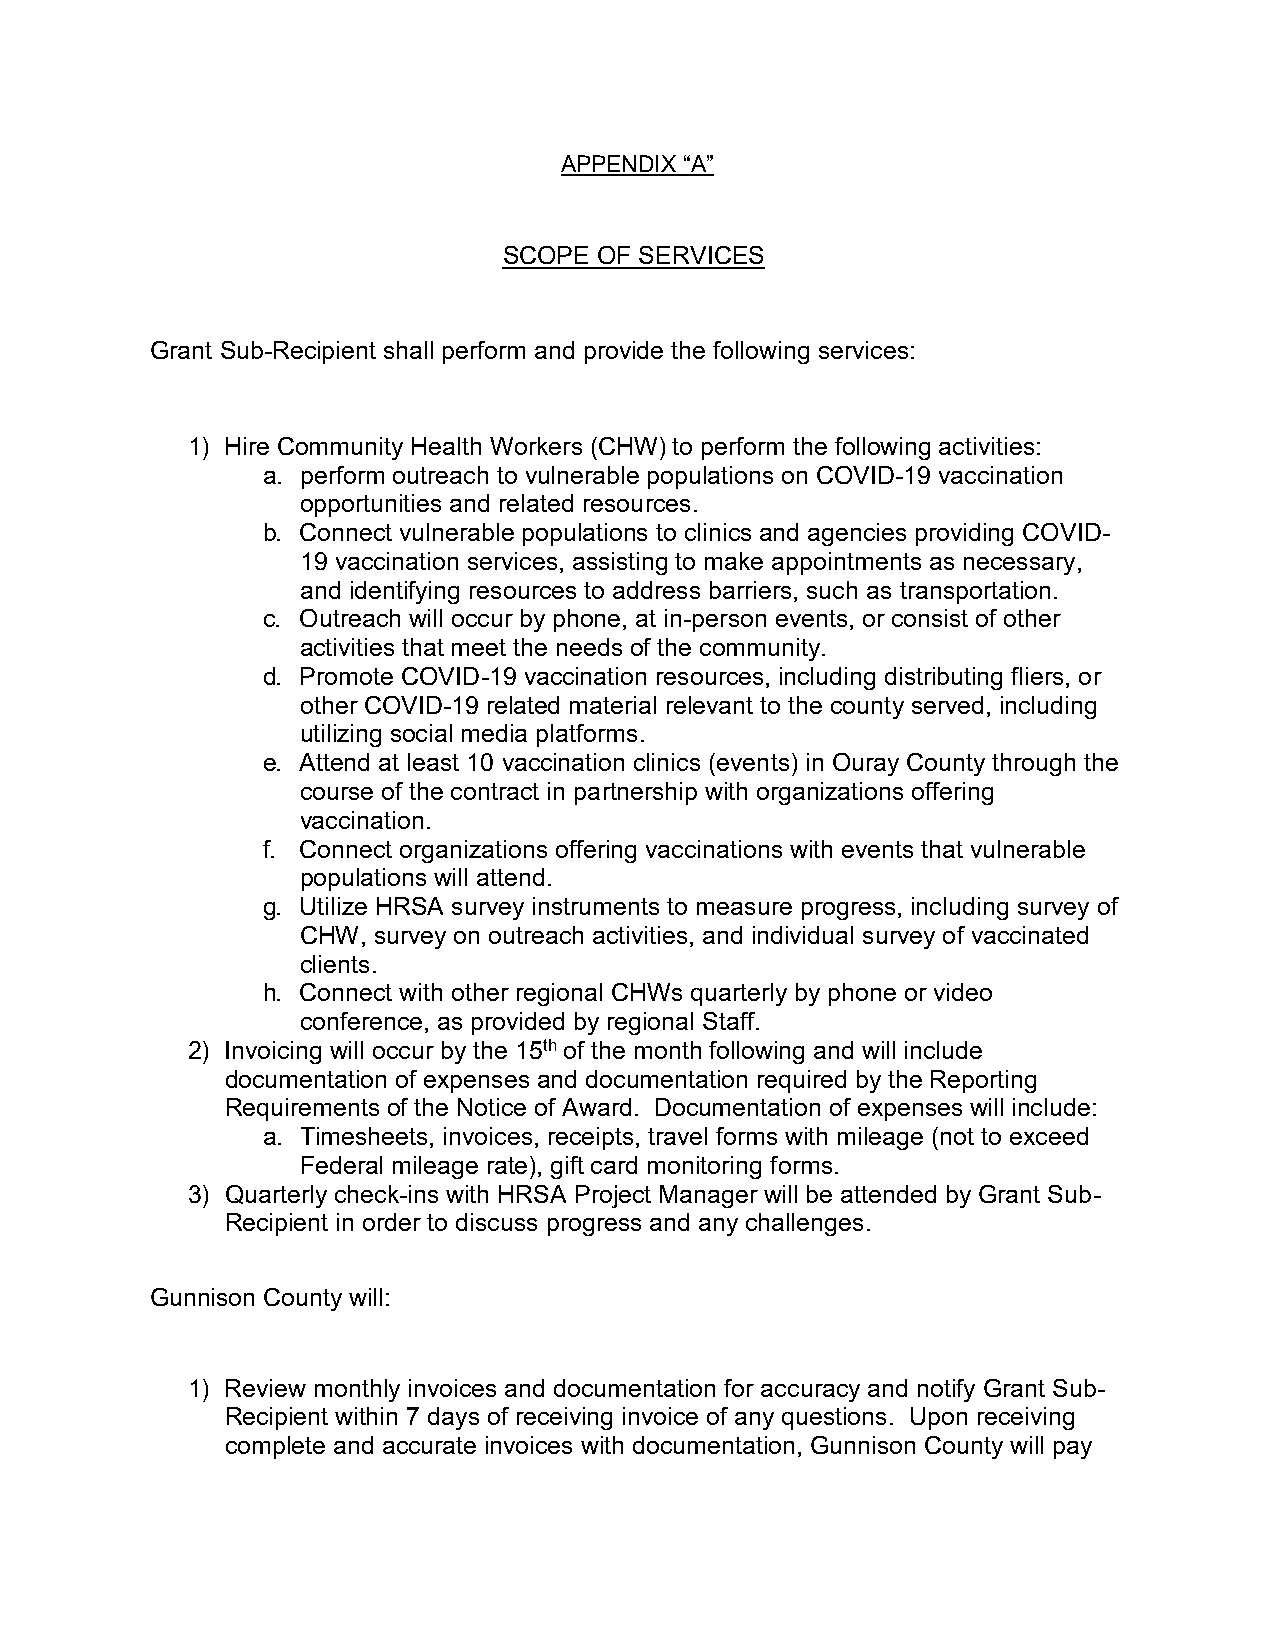
APPENDIX “A”
 SCOPE  OF SERVICES
 Grant Sub-Recipient shall perform and provide the following services:
 1) Hire Community Health Workers (CHW) to perform the following activities:
 a. perform outreach to vulnerable populations on COVID-19 vaccination
 opportunities and related resources.
 b. Connect vulnerable populations to clinics and agencies providing COVID-
 19 vaccination services, assisting to make appointments as necessary,
 and identifying resources to address barriers, such as transportation.
 c. Outreach will occur by phone, at in-person events, or consist of other
 activities that meet the needs of the community.
 d. Promote COVID-19 vaccination resources, including distributing fliers, or
 other COVID-19 related material relevant to the county served, including
 utilizing social media platforms.
 e. Attend at least 10 vaccination clinics (events) in Ouray County through the
 course of the contract in partnership with organizations offering
 vaccination.
 f. Connect organizations offering vaccinations with events that vulnerable
 populations will attend.
 g. Utilize HRSA survey instruments to measure progress, including survey of
 CHW, survey on outreach activities, and individual survey of vaccinated
 clients.
 h. Connect with other regional CHWs quarterly by phone or video
 conference, as provided by regional Staff.
 2) Invoicing will occur by the 15th of the month following and will include
 documentation of expenses and documentation required by the Reporting
 Requirements of the Notice of Award. Documentation of expenses will include:
 a. Timesheets, invoices, receipts, travel forms with mileage (not to exceed
 Federal mileage rate), gift card monitoring forms.
 3) Quarterly check-ins with HRSA Project Manager will be attended by Grant Sub-
 Recipient in order to discuss progress and any challenges.
 Gunnison County will:
 1) Review monthly invoices and documentation for accuracy and notify Grant Sub-
 Recipient within 7 days of receiving invoice of any questions. Upon receiving
 complete and accurate invoices with documentation, Gunnison County will pay